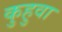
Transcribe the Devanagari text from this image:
कुहुवा